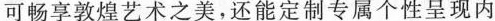
可畅享敦煌艺术之美，还能定制专属个性呈现内